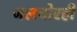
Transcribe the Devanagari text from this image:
जलचोरही